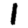
Digit: 1